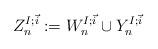
LaTeX: \begin{align*}Z^{I;\vec{i}}_n := W_{n}^{I; \vec{i}} \cup Y_{n}^{I; \vec{i}}\end{align*}